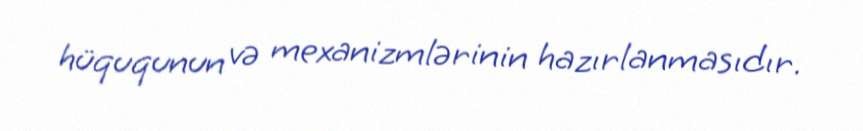
hüququnun və mexanizmlərinin hazırlanmasıdır.